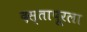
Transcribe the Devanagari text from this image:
दस्तापूरला